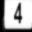
Digit: 4